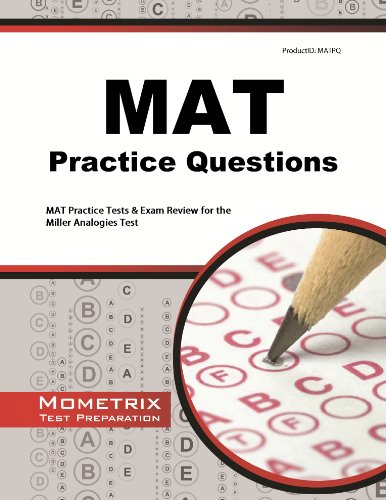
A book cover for MAT Practice Questions: MAT Practice Tests & Exam Review for the Miller Analogies Test; MAT Exam Secrets Test Prep Team; Test Preparation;